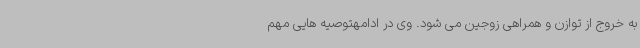
به خروج از توازن و همراهی زوجین می شود. وی در ادامهتوصیه هایی مهم